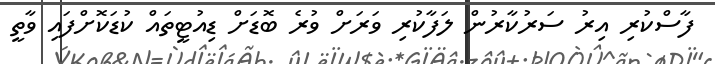
ފާސްކުރި އިރު ސަރުކާރުން ލަފާކުރި ވަރަށް ވުރެ ބޮޑަށް ޑިއުޓީތައް ކުޑަކޮށްފައި ވާތީ